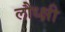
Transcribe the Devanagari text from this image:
लौध्क्षी